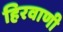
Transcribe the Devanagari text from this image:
हिरवाणी